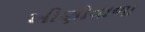
ખીણોવાળા